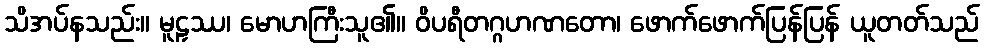
သိအပ်နသည်း။ မူဠှဿ၊ မောဟကြီးသူ၏။ ဝိပရီတဂ္ဂဟဏတော၊ ဖောက်ဖောက်ပြန်ပြန် ယူတတ်သည်